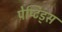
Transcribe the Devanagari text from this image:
पेप्टिड्स